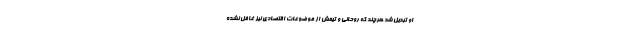
او تبديل شد هرچند كه روحاني و تيمش از موضوعات اقتصادي نيز غافل نشده